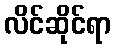
လိင်ဆိုင်ရာ